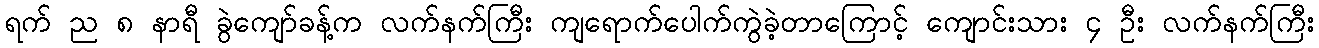
ရက် ည ၈ နာရီ ခွဲကျော်ခန့်က လက်နက်ကြီး ကျရောက်ပေါက်ကွဲခဲ့တာကြောင့် ကျောင်းသား ၄ ဦး လက်နက်ကြီး